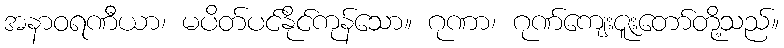
အနာဝရဏီယာ၊ မပိတ်ပင်နိုင်ကုန်သော။ ဂုဏာ၊ ဂုဏ်ကျေးဇူးတော်တို့သည်။